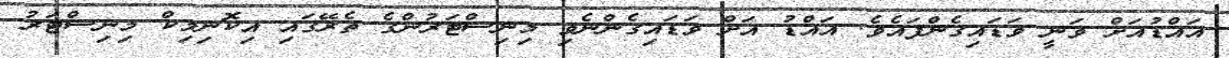
އައްޑުއަށް ވަނީ ވަޑައިގެންފައެވެ. އައްޑު އަށް ވަޑައިގެންނެވި މިނިސްޓަރުންގެ ތެރޭގައި އިކޮނިމިކް މިނިސްޓަރު